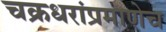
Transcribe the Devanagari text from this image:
चक्रधरांप्रमाणेच